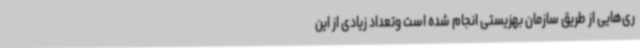
ری‌هایی از طریق سازمان بهزیستی انجام شده است وتعداد زیادی از این